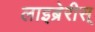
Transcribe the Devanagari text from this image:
लाइब्रेरीस्